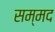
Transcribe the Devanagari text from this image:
सम्मद